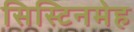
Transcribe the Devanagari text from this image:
सिस्टिनमेह